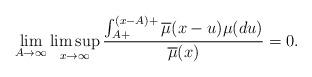
LaTeX: \begin{align*}\lim_{A \to \infty}\limsup_{x \to \infty}\frac{\int_{A+}^{(x-A)+}{\overline{\mu}(x-u)}\mu(du)}{\overline{\mu}(x)}=0.\end{align*}